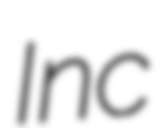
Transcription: Inc